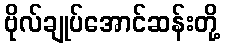
ဗိုလ်ချုပ်အောင်ဆန်းတို့